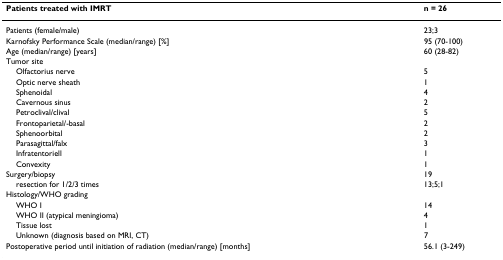
<table><thead><tr><td><b>Patients treated with IMRT</b></td><td><b>n = 26</b></td></tr></thead><tbody><tr><td>Patients (female/male)</td><td>23;3</td></tr><tr><td>Karnofsky Performance Scale (median/range) [%]</td><td>95 (70-100)</td></tr><tr><td>Age (median/range) [years]</td><td>60 (28-82)</td></tr><tr><td>Tumor site</td><td></td></tr><tr><td> Olfactorius nerve</td><td>5</td></tr><tr><td> Optic nerve sheath</td><td>1</td></tr><tr><td> Sphenoidal</td><td>4</td></tr><tr><td> Cavernous sinus</td><td>2</td></tr><tr><td> Petroclival/clival</td><td>5</td></tr><tr><td> Frontoparietal/-basal</td><td>2</td></tr><tr><td> Sphenoorbital</td><td>2</td></tr><tr><td> Parasagittal/falx</td><td>3</td></tr><tr><td> Infratentoriell</td><td>1</td></tr><tr><td> Convexity</td><td>1</td></tr><tr><td>Surgery/biopsy</td><td>19</td></tr><tr><td> resection for 1/2/3 times</td><td>13;5;1</td></tr><tr><td>Histology/WHO grading</td><td></td></tr><tr><td> WHO I</td><td>14</td></tr><tr><td> WHO II (atypical meningioma)</td><td>4</td></tr><tr><td> Tissue lost</td><td>1</td></tr><tr><td> Unknown (diagnosis based on MRI, CT)</td><td>7</td></tr><tr><td>Postoperative period until initiation of radiation (median/range) [months]</td><td>56.1 (3-249)</td></tr></tbody></table>